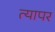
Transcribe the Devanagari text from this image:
त्यापर